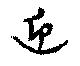
迎